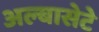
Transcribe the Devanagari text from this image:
अल्बासेटे